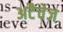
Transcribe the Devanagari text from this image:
अटैचेज